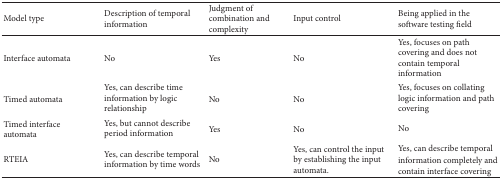
<table><thead><tr><td><b>Model type</b></td><td><b>Description of temporal information</b></td><td><b>Judgment of combination and complexity</b></td><td><b>Input control</b></td><td><b>Being applied in the software testing field</b></td></tr></thead><tbody><tr><td>Interface automata</td><td>No</td><td>Yes</td><td>No</td><td>Yes, focuses on path covering and does not contain temporal information</td></tr><tr><td>Timed automata</td><td>Yes, can describe time information by logic relationship </td><td>No</td><td>No</td><td>Yes, focuses on collating logic information and path covering</td></tr><tr><td>Timed interface automata</td><td>Yes, but cannot describe period information</td><td>Yes</td><td>No</td><td>No</td></tr><tr><td>RTEIA</td><td>Yes, can describe temporal information by time words</td><td>No</td><td>Yes, can control the input by establishing the input automata</td><td>Yes, can describe temporal information completely and contain interface covering.</td></tr></tbody></table>